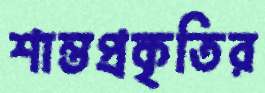
শান্তপ্রকৃতির